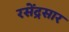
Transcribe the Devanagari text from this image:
रसेंद्रसार